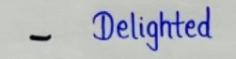
-      Delighted